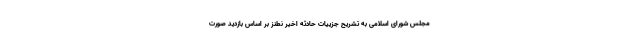
مجلس شورای اسلامی به تشریح جزییات حادثه اخیر نطنز بر اساس بازدید صورت